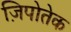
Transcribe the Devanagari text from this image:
ज़िपोतेक